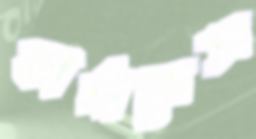
ফার্নান্দেজ